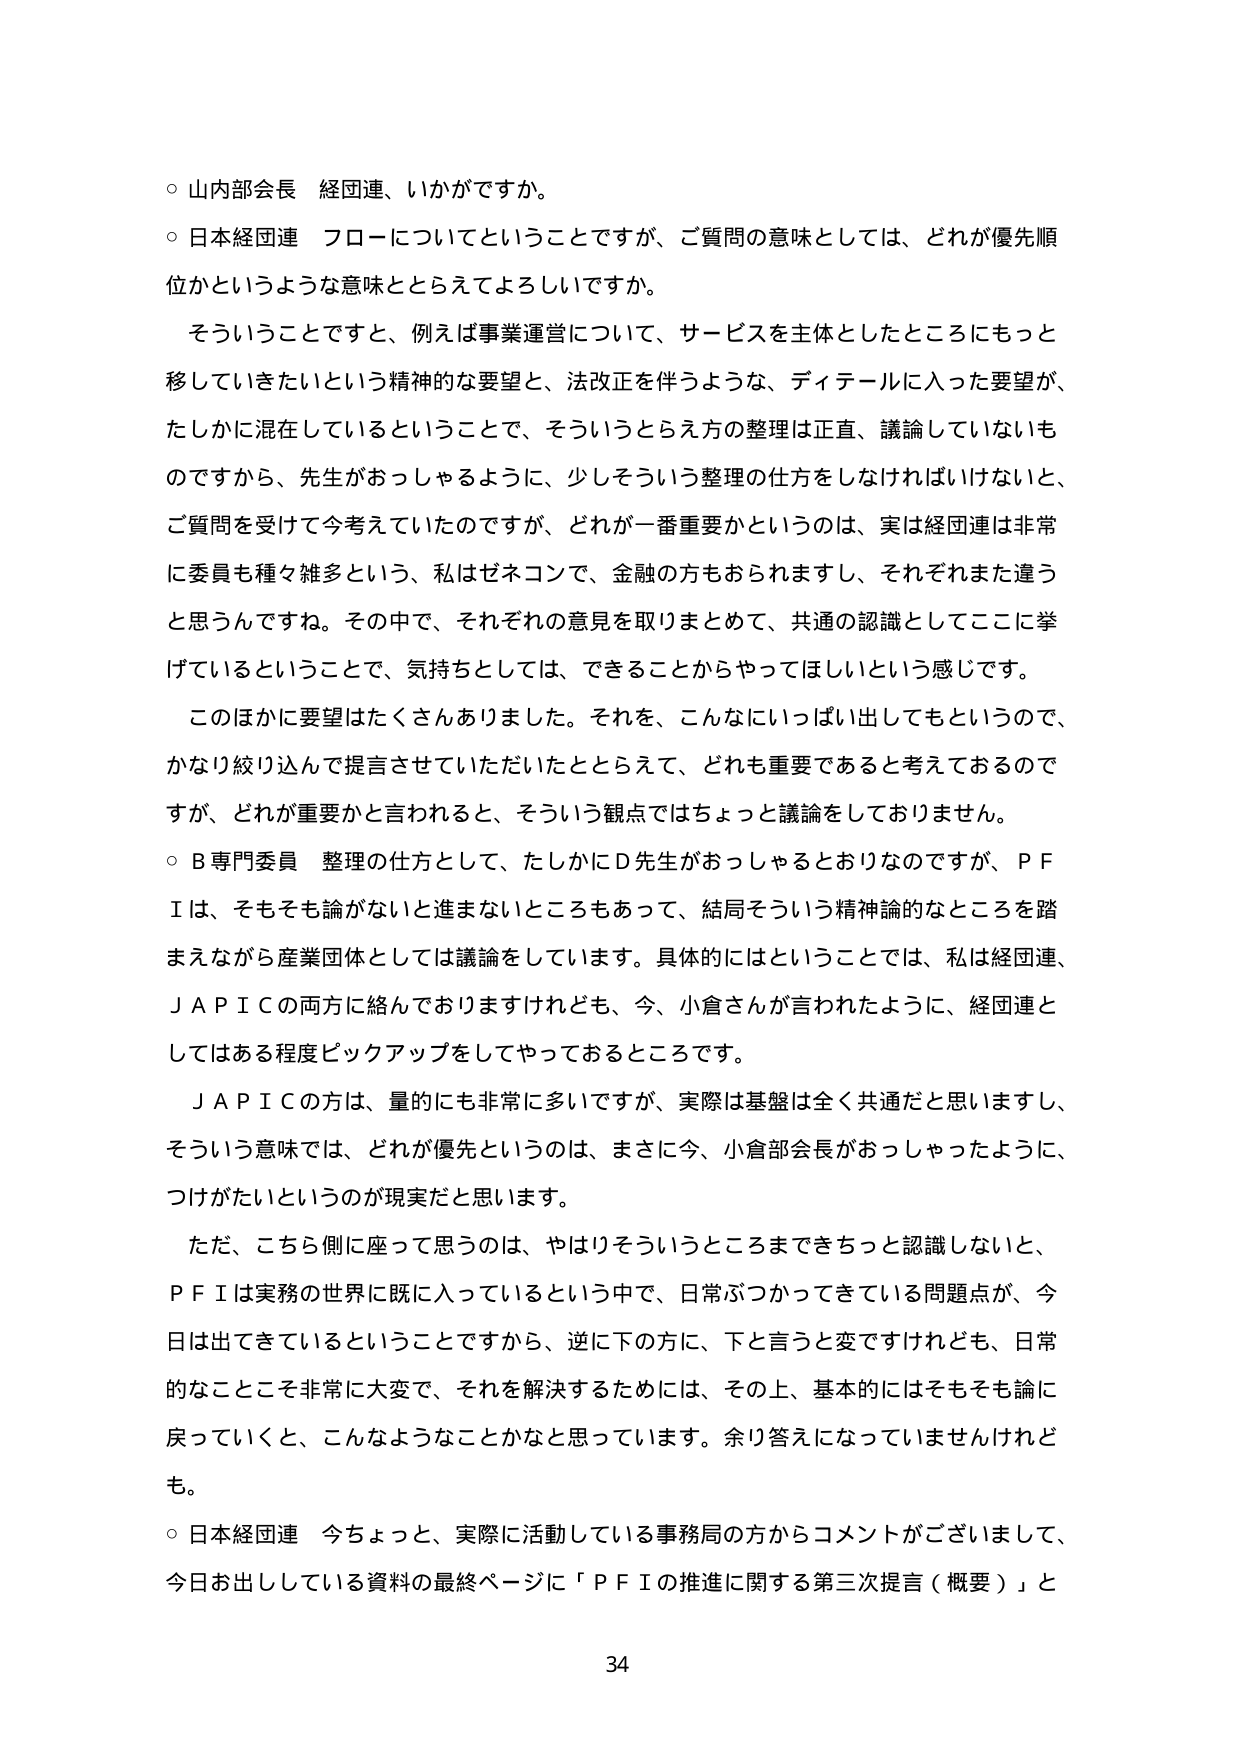
○ 山内部会長 経団連、いかがですか。

○ 日本経団連 フローについてということですが、ご質問の意味としては、どれが優先順位かというような意味ととらえてよろしいですか。

そういうことだと、例えば事業運営について、サービスを主体としたところにもっと移していきたいという精神的な要望と、法改正を伴うような、ディテールに入った要望が、たしかに混在しているということで、そういうとらえ方の整理は正直、議論していないものですから、先生がおっしゃるように、少しそういう整理の仕事をしなければいけないと、ご質問を受けて今考えていたのですが、どれが一番重要かというのは、実は経団連は非常に委員も種々雑多という、私はゼネコンで、金融の方もおられますし、それぞれまた違うと思うんですね。その中で、それぞれの意見を取りまとめて、共通の認識としてここに挙げているということで、気持ちとしては、できることからやってほしいという感じです。

このほかに要望はたくさんありました。それを、こんなにいっぱい出してもというので、かなり絞り込んで提言させていただいたととらえて、どれも重要であると考えておるのですが、どれが重要かと言われると、そういう観点ではちょっと議論をしておりません。

○ B専門委員 整理の仕方として、たしかにD先生がおっしゃるとおりなのですが、ＰＦＩは、そもそも論がないと進まないところもあって、結局そういう精神論的なところを踏まえながら産業団体としては議論をしています。具体的にはということでは、私は経団連、ＪＡＰＩＣの両方に絡んでおりますけれども、今、小倉さんが言われたように、経団連としてはある程度ピックアップをしてやっておるところです。

ＪＡＰＩＣの方は、量的にも非常に多いですが、実際は基盤は全く共通だと思いますし、そういう意味では、どれが優先というのは、まさに今、小倉部会長がおっしゃったように、つけがたいというのが現実だと思います。

ただ、こちら側に座って思うのは、やはりそういうところまできちっと認識しないと、ＰＦＩは実務の世界に既に入っているという中で、日常ぶつかってきている問題点が、今日は出てきているということですから、逆に下の方に、下と言うと変ですけれども、日常的なところで非常に大変で、それを解決するためには、その上、基本的にはそもそも論に戻っていくと、こんなようなことかなと思っています。余り答えになっていませんけれども。

○ 日本経団連 今ちょっと、実際に活動している事務局の方からコメントがございまして、今日お出ししている資料の最終ページに「ＰＦＩの推進に関する第三次提言（概要）」と

34